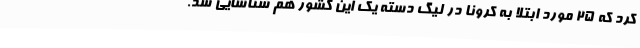
کرد که 25 مورد ابتلا به کرونا در لیگ دسته یک این کشور هم شناسایی شد.